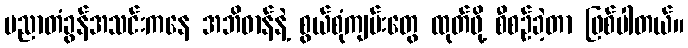
ပညာတံခွန်အသင်းကနေ အဘိဓာန်နဲ့ စွယ်စုံကျမ်းတွေ ထုတ်ဖို့ စီစဉ်ခဲ့တာ ဖြစ်ပါတယ်။